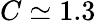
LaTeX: C\simeq 1.3